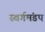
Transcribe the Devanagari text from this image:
स्वर्गमंडप